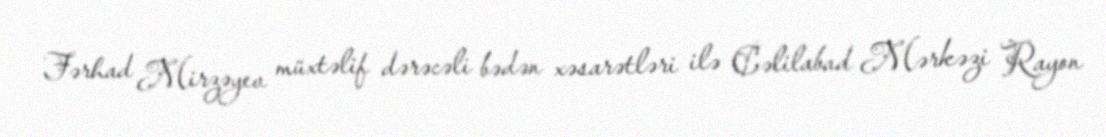
Fərhad Mirzəyev müxtəlif dərəcəli bədən xəsarətləri ilə Cəlilabad Mərkəzi Rayon